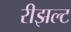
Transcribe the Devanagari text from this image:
रीझल्ट